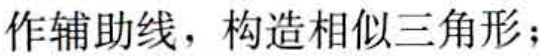
作辅助线，构造相似三角形；